Civil Veterinary Department. United Provinces 1912-22 - 1912-1922
Year: 1912
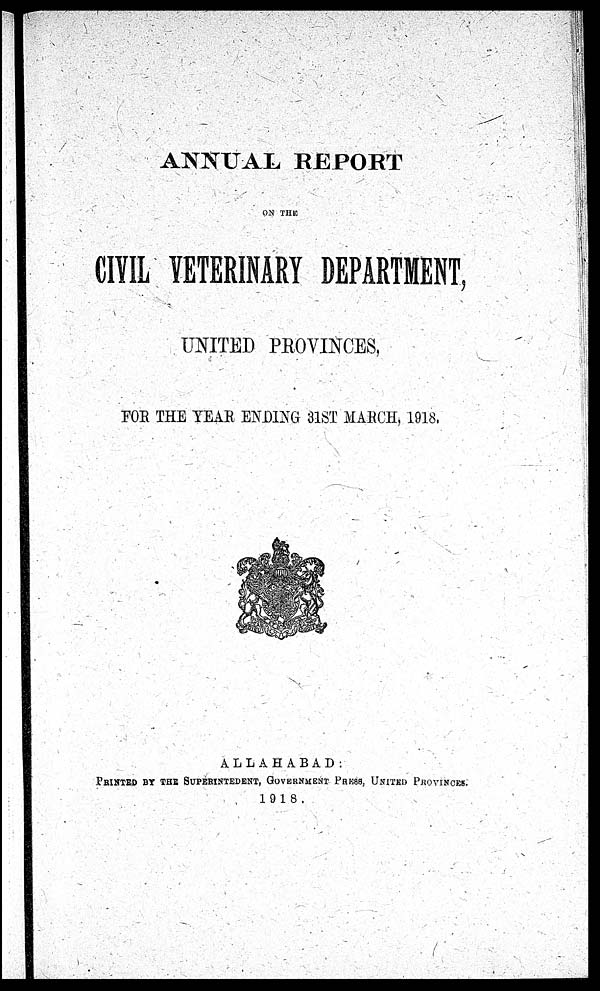
ANNUAL REPORT
ON THE
CIVIL VETERINARY DEPARTMENT,
UNITED PROVINCES,
FOR THE YEAR ENDING 31ST MARCH, 1918.
ALLAHABAD:
PRinted by the Superintedent, Government Press, United Provinces.
1918.